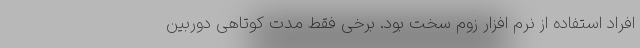
افراد استفاده از نرم افزار زوم سخت بود. برخی فقط مدت کوتاهی دوربین